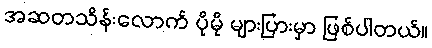
အဆတသိန်းလောက် ပိုမို များပြားမှာ ဖြစ်ပါတယ်။